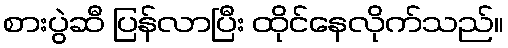
စားပွဲဆီ ပြန်လာပြီး ထိုင်နေလိုက်သည်။